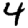
Digit: 4